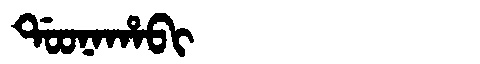
Manchu: ᡩᠣᠣᠨᠠᡥᠠᠪᡳ
Romanization: DOONAHABI